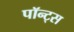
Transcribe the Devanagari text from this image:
पॉन्ट्स